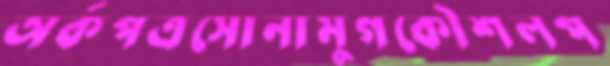
অর্কপত্রসোনামুগকৌশলপ